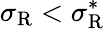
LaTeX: \sigma_{\mathrm{{R}}}<\sigma_{\mathrm{{R}}}^{*}